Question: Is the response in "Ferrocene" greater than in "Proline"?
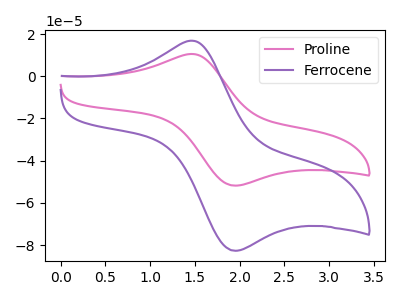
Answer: <think>The pink curve "Proline" has an anodic peak at (1.50V, 10.55uA) and a cathodic peak at (1.95V, -51.85uA). The purple curve "Ferrocene" has an anodic peak at (1.50V, 16.85uA) and a cathodic peak at (1.95V, -82.75uA).
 All the peaks in "Ferrocene" have a peak in "Proline" at the same potential. Every peak in "Ferrocene" is higher than every peak in "Proline".</think>
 <answer>"Ferrocene" has more signal than "Proline".</answer>
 <eval>more_signal</eval>